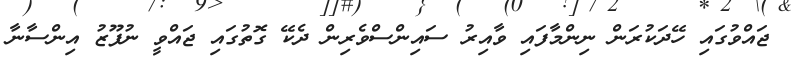
ޖައްވުގައި ހޭދަކުރަން ނިންމާފައި ވާއިރު ސައިންސްވެރިން ދެކޭ ގޮތުގައި ޖައްވީ ނުފޫޒު އިންސާނާ